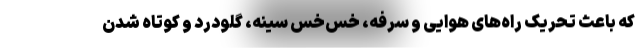
که باعث تحریک راه‌های هوایی و سرفه، خس‌خس سینه، گلودرد و کوتاه شدن